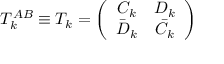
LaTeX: T _ { k } ^ { A B } \equiv T _ { k } = \left( \begin{array} { c c } { { C _ { k } } } & { { D _ { k } } } \\ { { \bar { D } _ { k } } } & { { \bar { C } _ { k } } } \end{array} \right)